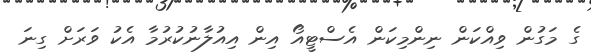
ގެ މަގުން ވިއްކަން ނިންމިކަން އެސްޓީއޯ އިން އިއުލާނުކުރުމާ އެކު ވަރަށް ގިނަ